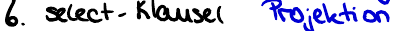
6. select- Klausel  Projektion